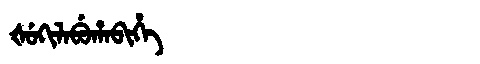
Manchu: ᡧᡠᡴᡳᠯᠠᠪᡠᡥᠠᠪᡳᡥᡝ
Romanization: ŠUKILABUHABIHE